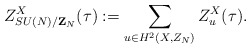
\begin{align*}Z_{SU(N)/{\bf Z}_N}^X(\tau):= \sum_{u\in H^2(X,Z_N)} Z_u^X(\tau).\end{align*}